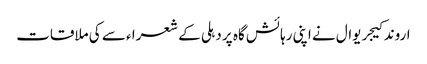
اروند کیجریوال نے اپنی رہائش گاہ پر دہلی کے شعرا ء سے کی ملاقات